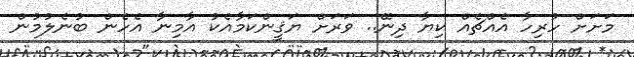
މަށަށް ހުރިހާ އެއްޗެއް ކިޔާ ދިނޭ.. ވަރަށް ޔަޤީންކަމާއެކު އާމިނާ އެހެން ބުނެލުމުން